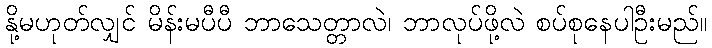
နို့မဟုတ်လျှင် မိန်းမပီပီ ဘာသေတ္တာလဲ၊ ဘာလုပ်ဖို့လဲ စပ်စုနေပါဦးမည်။